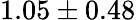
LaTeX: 1.05\pm 0.48